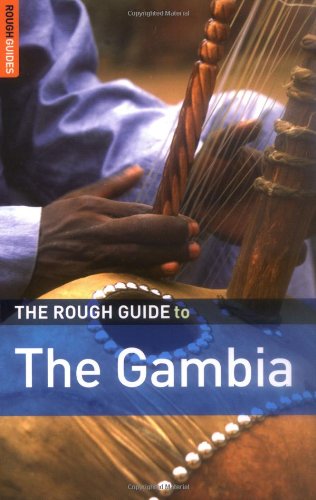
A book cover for The Rough Guide to Gambia 2 (Rough Guide Travel Guides); Emma Gregg; Travel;